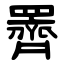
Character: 䍤